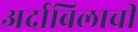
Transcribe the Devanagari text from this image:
अर्दाबिलाची